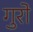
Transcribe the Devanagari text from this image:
गुरो